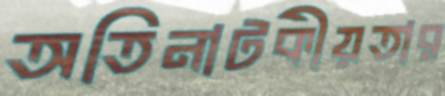
অতিনাটকীয়তার